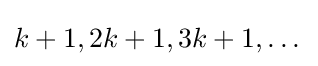
k+1,2k+1,3k+1,\dots